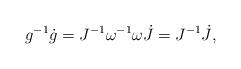
LaTeX: \begin{align*}g^{-1}\dot{g} = J^{-1}\omega^{-1}\omega \dot{J} = J^{-1}\dot{J},\end{align*}